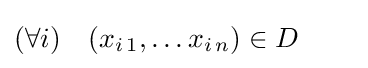
(\forall i)\quad (x_{i\,1},\ldots x_{i\,n})\in D\qquad